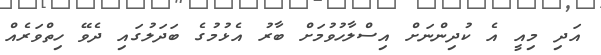
އަދި މިއީ އެ ކުދިންނަށް އިސްލާހުވުމަށް ބާރު އެޅުމުގެ ބަދަލުގައި ދެވޭ ހިތްވަރެއް